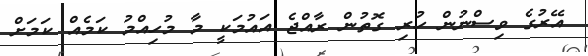
އޭރުގެ ވިސްނުން ހުރި ގޮތުން ރާއްޖެ އައުމަކީ މާ މުހިއްމު ކަމެއް ކަމަށް